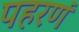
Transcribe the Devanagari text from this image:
पहरणं